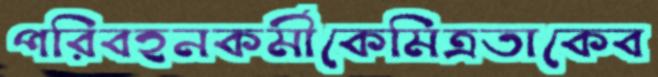
পরিবহনকর্মীকেমিত্রতাকেব